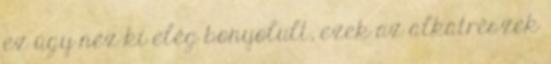
ez úgy néz ki elég bonyolult, ezek az alkatrészek